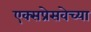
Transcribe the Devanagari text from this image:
एक्सप्रेसवेच्या